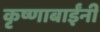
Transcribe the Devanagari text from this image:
कृष्णाबाईंनी